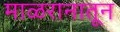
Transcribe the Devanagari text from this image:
माळरानातून